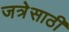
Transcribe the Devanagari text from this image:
जत्रेसाठी